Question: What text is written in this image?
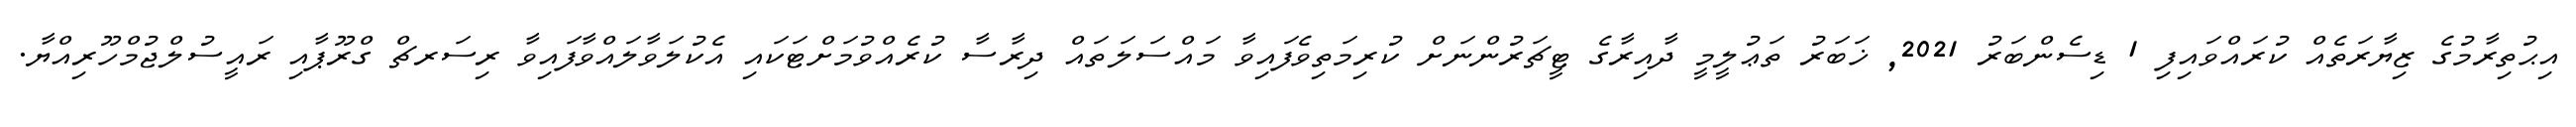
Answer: އިޙުތިރާމުގެ ޒިޔާރަތެއް ކުރައްވައިފި 1 ޑިސެންބަރު 2021, ޚަބަރު ތަޢުލީމީ ދާއިރާގެ ޓީޗަރުންނަށް ކުރިމަތިވެފައިވާ މައްސަލަތައް ދިރާސާ ކުރެއްވުމަށްޓަކައި އެކުލަވާލައްވާފައިވާ ރިސަރޗް ގްރޫޕާއި ރައީސުލްޖުމްހޫރިއްޔާ.